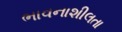
ભાવનાશીલતા